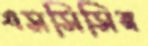
এসসিসির